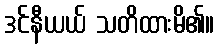
ဒင်နီယယ် သတိထားမိ၏။